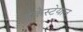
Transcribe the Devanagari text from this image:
ड्रेकेस्टेयान